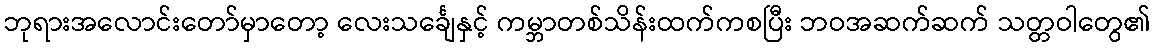
ဘုရားအလောင်းတော်မှာတော့ လေးသင်္ချေနှင့် ကမ္ဘာတစ်သိန်းထက်ကစပြီး ဘဝအဆက်ဆက် သတ္တဝါတွေ၏